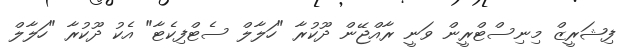
ފިޝަރީޒް މިނިސްޓްރީން ވަނީ ރާއްޖޭން ދޫކުރާ "ހަލާލް ސެޓްފިކެޓާ" އެކު ދޫކުރާ "ހަލާލް